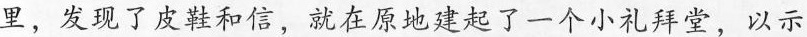
里，发现了皮鞋和信，就在原地建起了一个小礼拜堂，以示